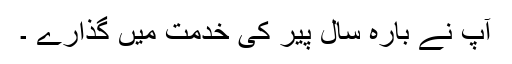
آپ نے بارہ سال پیر کی خدمت میں گذارے ۔